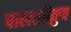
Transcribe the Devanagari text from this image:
पालखीतुन